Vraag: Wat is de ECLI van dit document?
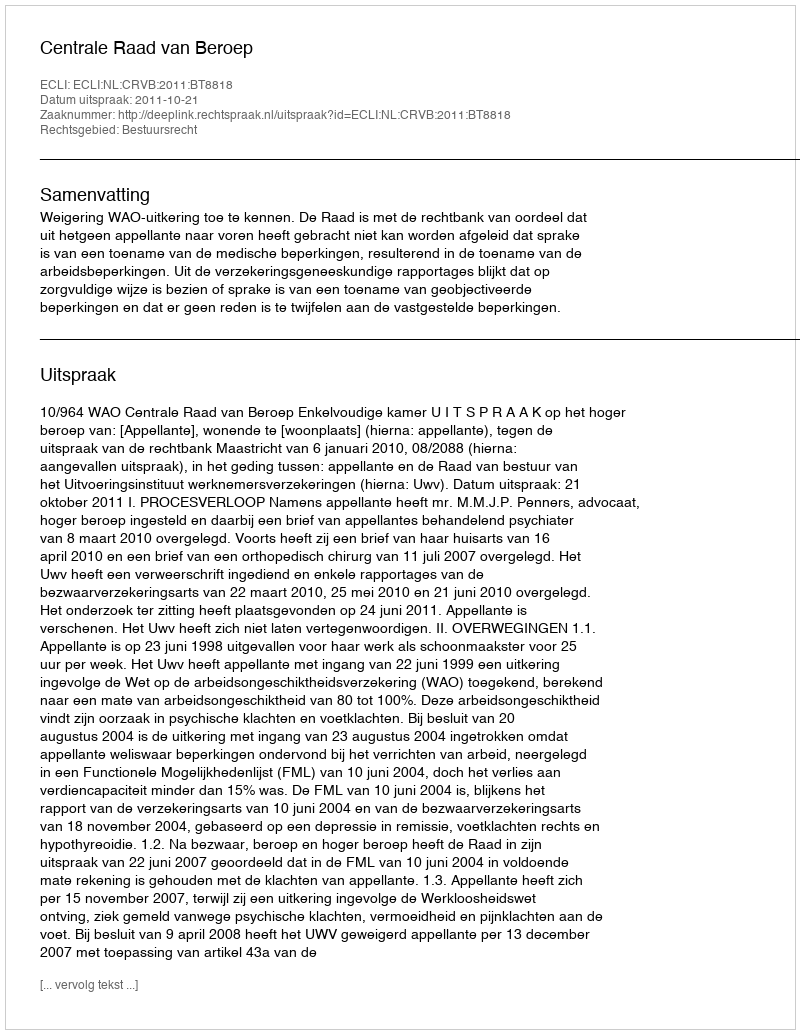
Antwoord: ECLI:NL:CRVB:2011:BT8818